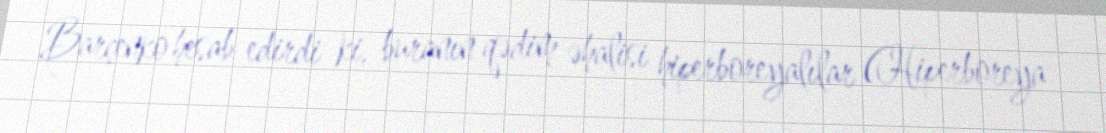
Barçenko hesab edirdi ki, buranın qədim əhalisi hiperboreyalılar (Hiperboreya -